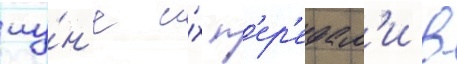
иу́н'е и́х п'ер'едал'и в